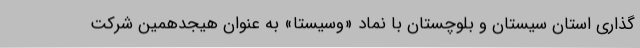
گذاری استان سیستان و بلوچستان با نماد «وسیستا» به عنوان هیجدهمین شرکت